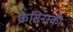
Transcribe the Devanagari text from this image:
क्रैसिनस्की